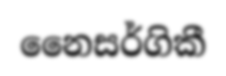
නෛසර්ගිකී